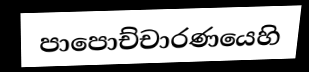
පාපොච්චාරණයෙහි